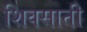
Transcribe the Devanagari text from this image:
शिवसाती